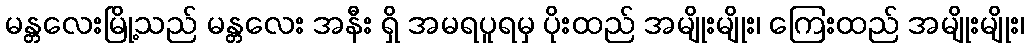
မန္တလေးမြို့သည် မန္တလေး အနီး ရှိ အမရပူရမှ ပိုးထည် အမျိုးမျိုး၊ ကြေးထည် အမျိုးမျိုး၊